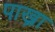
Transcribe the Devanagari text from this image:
पाख्रा